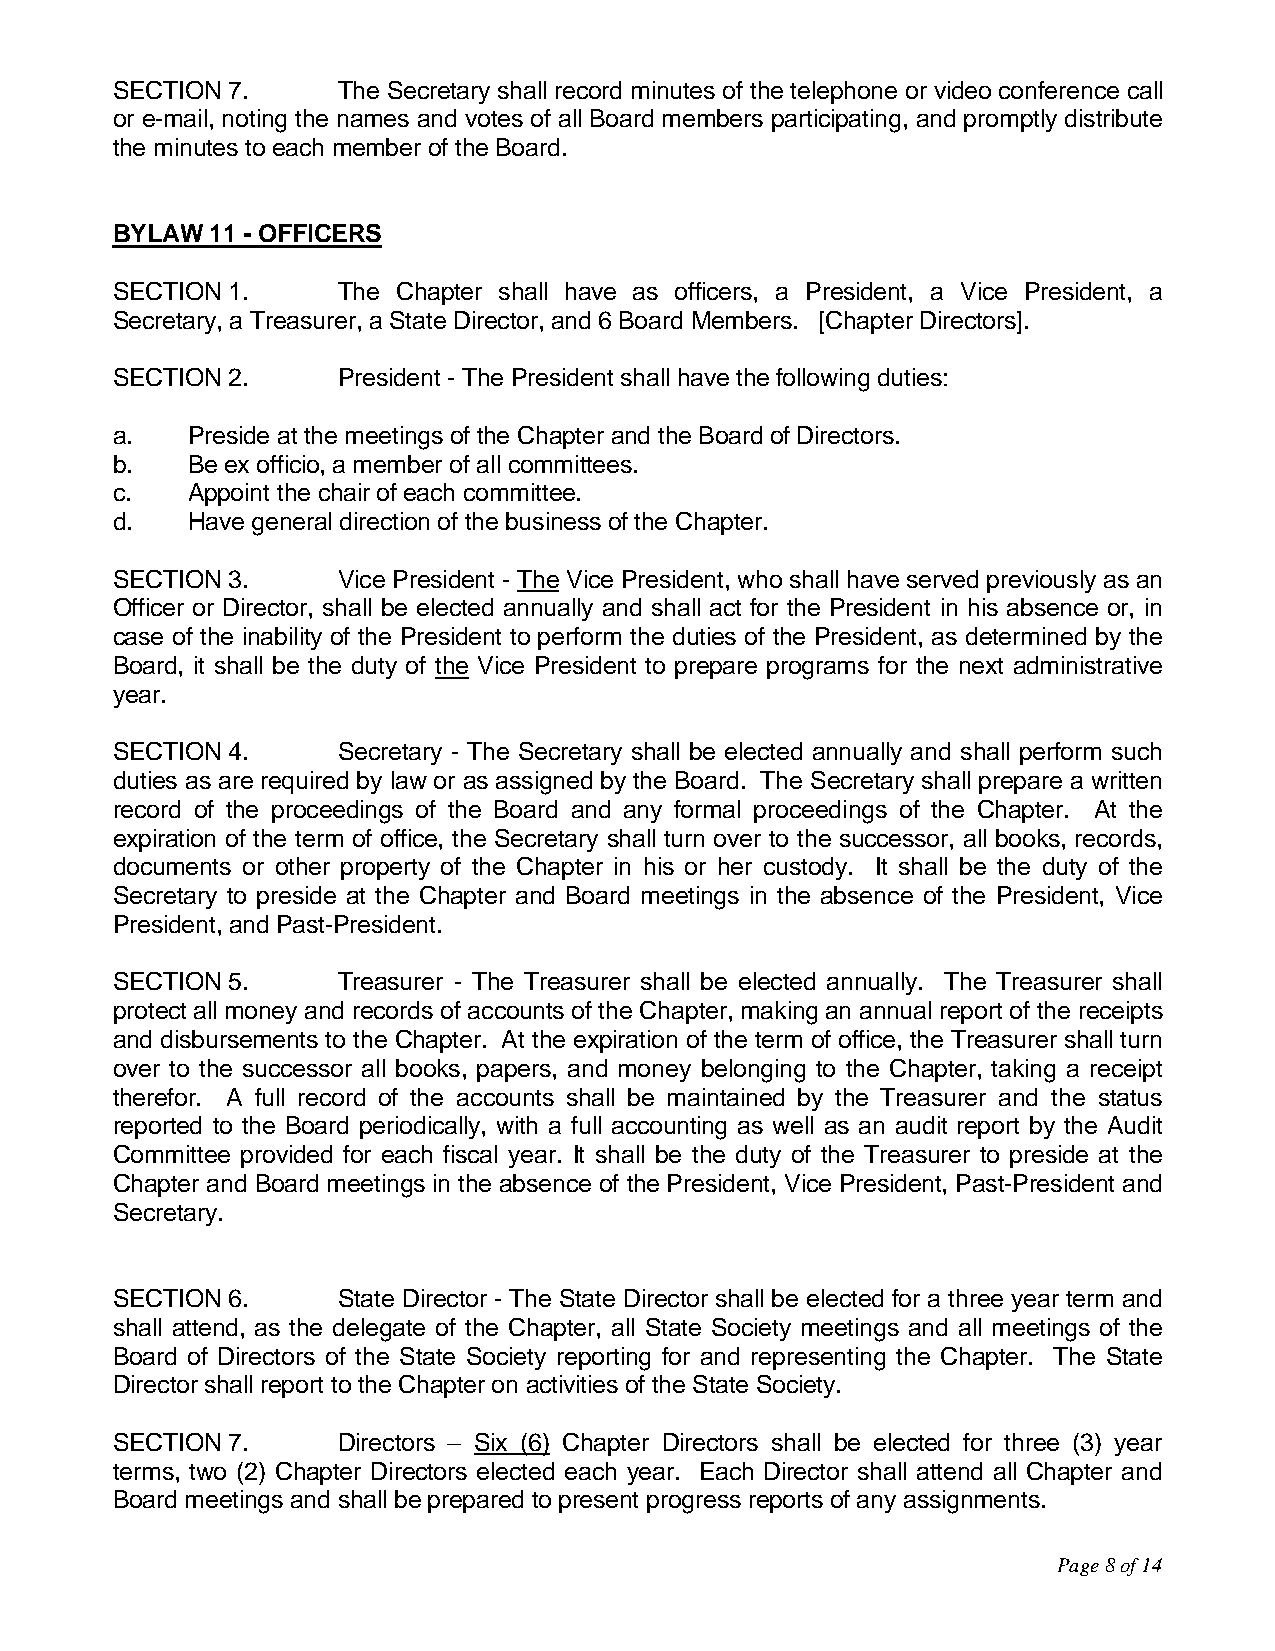
SECTION 7.     The Secretary shall record minutes of the telephone or video conference call
 or e-mail, noting the names and votes of all Board members participating, and promptly distribute
 the minutes to each member of the Board.
 BYLAW  11 - OFFICERS
 SECTION 1.     The Chapter shall have as officers, a President, a Vice President, a
 Secretary, a Treasurer, a State Director, and 6 Board Members. [Chapter Directors].
 SECTION 2.     President - The President shall have the following duties:
 a.   Preside at the meetings of the Chapter and the Board of Directors.
 b.   Be ex officio, a member of all committees.
 c.   Appoint the chair of each committee.
 d.   Have general direction of the business of the Chapter.
 SECTION 3.     Vice President - The Vice President, who shall have served previously as an
 Officer or Director, shall be elected annually and shall act for the President in his absence or, in
 case of the inability of the President to perform the duties of the President, as determined by the
 Board, it shall be the duty of the Vice President to prepare programs for the next administrative
 year.
 SECTION 4.     Secretary - The Secretary shall be elected annually and shall perform such
 duties as are required by law or as assigned by the Board. The Secretary shall prepare a written
 record of the proceedings of the Board and any formal proceedings of the Chapter. At the
 expiration of the term of office, the Secretary shall turn over to the successor, all books, records,
 documents or other property of the Chapter in his or her custody. It shall be the duty of the
 Secretary to preside at the Chapter and Board meetings in the absence of the President, Vice
 President, and Past-President.
 SECTION 5.     Treasurer - The Treasurer shall be elected annually. The Treasurer shall
 protect all money and records of accounts of the Chapter, making an annual report of the receipts
 and disbursements to the Chapter. At the expiration of the term of office, the Treasurer shall turn
 over to the successor all books, papers, and money belonging to the Chapter, taking a receipt
 therefor. A full record of the accounts shall be maintained by the Treasurer and the status
 reported to the Board periodically, with a full accounting as well as an audit report by the Audit
 Committee provided for each fiscal year. It shall be the duty of the Treasurer to preside at the
 Chapter and Board meetings in the absence of the President, Vice President, Past-President and
 Secretary.
 SECTION 6.     State Director - The State Director shall be elected for a three year term and
 shall attend, as the delegate of the Chapter, all State Society meetings and all meetings of the
 Board of Directors of the State Society reporting for and representing the Chapter. The State
 Director shall report to the Chapter on activities of the State Society.
 SECTION 7.     Directors – Six (6) Chapter Directors shall be elected for three (3) year
 terms, two (2) Chapter Directors elected each year. Each Director shall attend all Chapter and
 Board meetings and shall be prepared to present progress reports of any assignments.
 Page 8 of 14